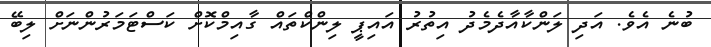
ބުނެ އެވެ. އަދި ލަންކާއާދެމެދު އިތުރު އައިޕީ ލިންކްތައް ގާއިމްކޮށް ކަސްޓަމަރުންނަށް ލިބޭ